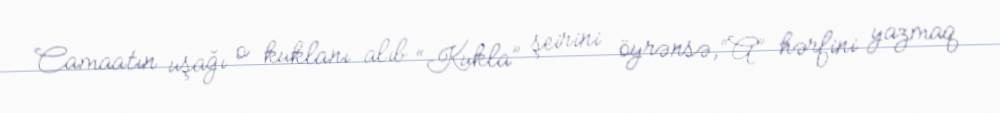
Camaatın uşağı o kuklanı alıb “Kukla” şeirini öyrənsə, “A” hərfini yazmaq